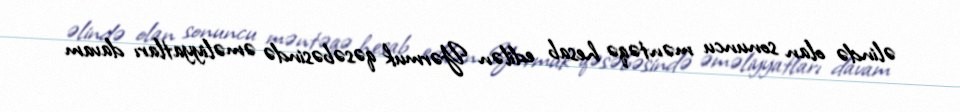
əlində olan sonuncu məntəqə hesab edilən Yərmuk qəsəbəsində əməliyyatları davam